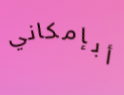
أبإمكاني